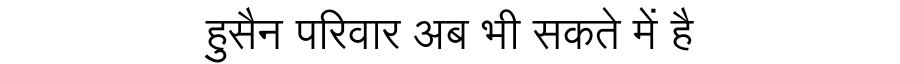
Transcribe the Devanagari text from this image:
हुसैन परिवार अब भी सकते में है